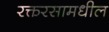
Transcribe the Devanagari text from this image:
रक्तरसामधील